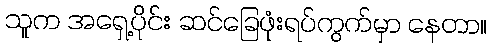
သူက အရှေ့ပိုင်း ဆင်ခြေဖုံးရပ်ကွက်မှာ နေတာ။